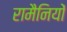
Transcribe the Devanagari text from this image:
रामैनियों